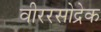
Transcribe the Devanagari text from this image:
वीररसोद्रेक